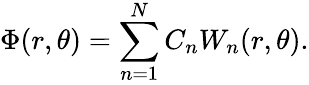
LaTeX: \Phi(r,\theta)=\sum_{n=1}^{N}C_{n}W_{n}(r,\theta).